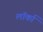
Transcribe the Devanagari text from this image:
लॉर्का